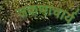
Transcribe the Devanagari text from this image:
जकणाचार्य